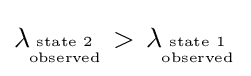
\lambda \!_{{\text{state 2}} \atop {\text{observed}}}>\,\lambda \!_{{\text{state 1}} \atop {\text{observed}}}